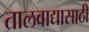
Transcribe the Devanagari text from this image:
तालवाद्यासाठी